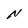
Character: N